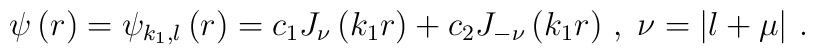
\psi \left( r\right) =\psi _{k_{1},l}\left( r\right) =c_{1}J_{\nu }\left(k_{1}r\right) +c_{2}J_{-\nu }\left( k_{1}r\right) \,,\;\nu =\left| l+\mu\right| \,.